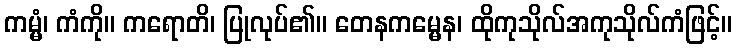
ကမ္မံ၊ ကံကို။ ကရောတိ၊ ပြုလုပ်၏။ တေနကမ္မေန၊ ထိုကုသိုလ်အကုသိုလ်ကံဖြင့်။